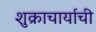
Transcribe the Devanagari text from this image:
शुक्राचार्याची